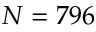
N = 7 9 6